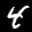
Digit: 4